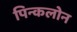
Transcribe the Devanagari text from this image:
पिन्कलोन